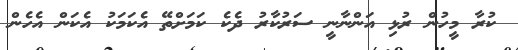
ކުރާ މީހުން ރުޅި އަންނާނީ ސަރުކާރު ދެކެ ކަމަށްތޭ އެކަމަކު އެކަން އެހެން